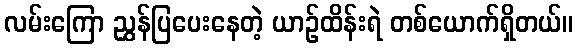
လမ်းကြော ညွှန်ပြပေးနေတဲ့ ယာဉ်ထိန်းရဲ တစ်ယောက်ရှိတယ်။